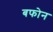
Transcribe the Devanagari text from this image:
बफोन